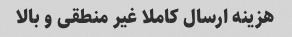
هزینه ارسال کاملا غیر منطقی و بالا